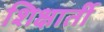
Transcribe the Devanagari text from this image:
शिक्षार्ती